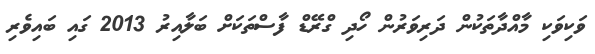
ވަކިވަކި މާއްދާތަކުން ދަރިވަރުން ހޯދި ގްރޭޑް ފާސްތަކަށް ބަލާއިރު 2013 ގައި ބައިވެރި